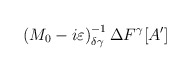
\begin{align*}\left( M_{0}-i\varepsilon \right) ^{-1}_{\delta \gamma }\Delta F^{\gamma }[A']\end{align*}